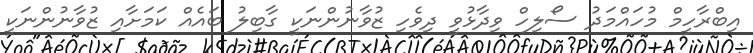
އިބްރާހީމް މުހައްމަދު ސޯލިހް ވިދާޅުވީ ދިވެހި ޒުވާނުންނަކީ ގާބިލު ބައެއް ކަމަށާއި ޒުވާނުންނަކީ